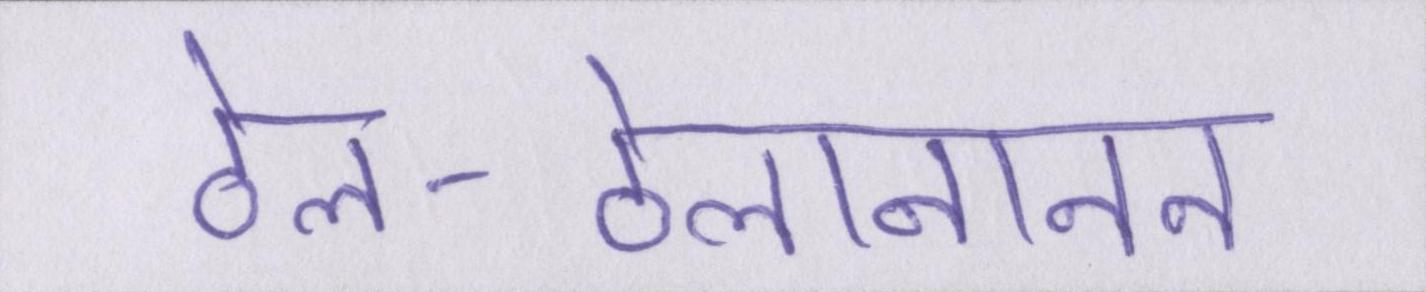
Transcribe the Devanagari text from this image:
ठेल-ठेलानानन